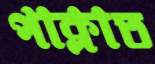
পাক্‌লাত